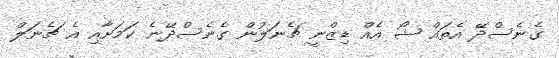
ގެނެސްދޭ އެތައް ޝޯ އެއް ޑިޒްނީ ޗެނަލުން ގެނެސްދޭނެ ކަމަށާއި އެ ޗެނަލް